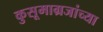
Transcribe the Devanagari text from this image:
कुसूमाग्रजांच्‍या